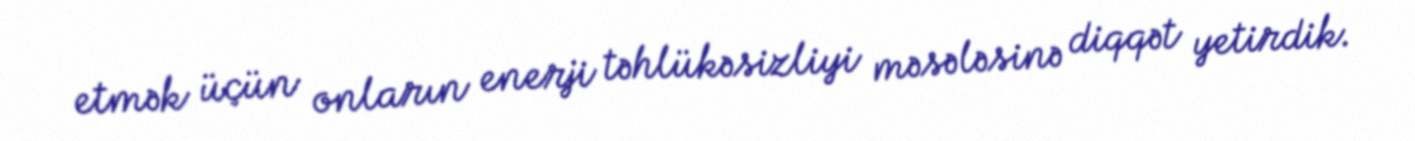
etmək üçün onların enerji təhlükəsizliyi məsələsinə diqqət yetirdik.